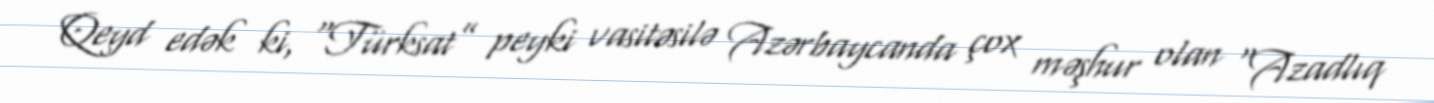
Qeyd edək ki, “Türksat” peyki vasitəsilə Azərbaycanda çox məşhur olan “Azadlıq